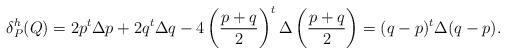
LaTeX: \begin{align*}\delta^h_P(Q)=2p^t\Delta p+2q^t\Delta q-4\left(\frac{p+q}{2}\right)^t\Delta \left(\frac{p+q}{2}\right)=(q-p)^t\Delta(q-p).\end{align*}